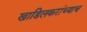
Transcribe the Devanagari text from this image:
खाडिलकरांच्याच